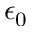
\epsilon _ { 0 }